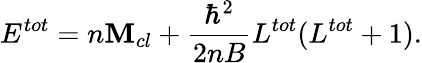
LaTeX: E^{tot}=n\mathbf{M}_{cl}+\frac{{\hbar^{2}}}{{2nB}}L^{tot}(L^{tot}+1).